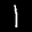
Label: 1